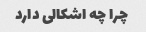
چرا چه اشکالی دارد